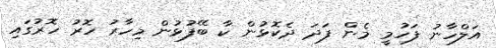
އަލްހާނު ފަހުމީ މެން ފަދަ ދެކޮޅުން ކާ ބޭފުޅުން މިހާރު ހޮރު ހޮރުގައި